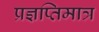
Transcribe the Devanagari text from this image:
प्रज्ञप्तिमात्र